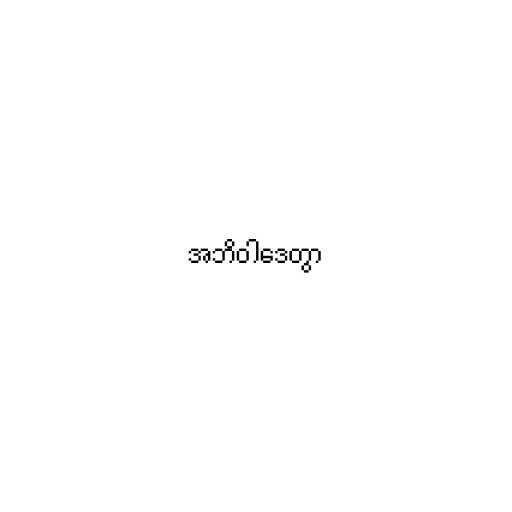
အဘိဝါဒေတွာ